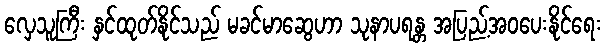
လှေသူကြီး နှင်ထုတ်နိုင်သည် မခင်မာဆွေဟာ သုနာပရန္တ အပြည့်အဝပေးနိုင်ရေး